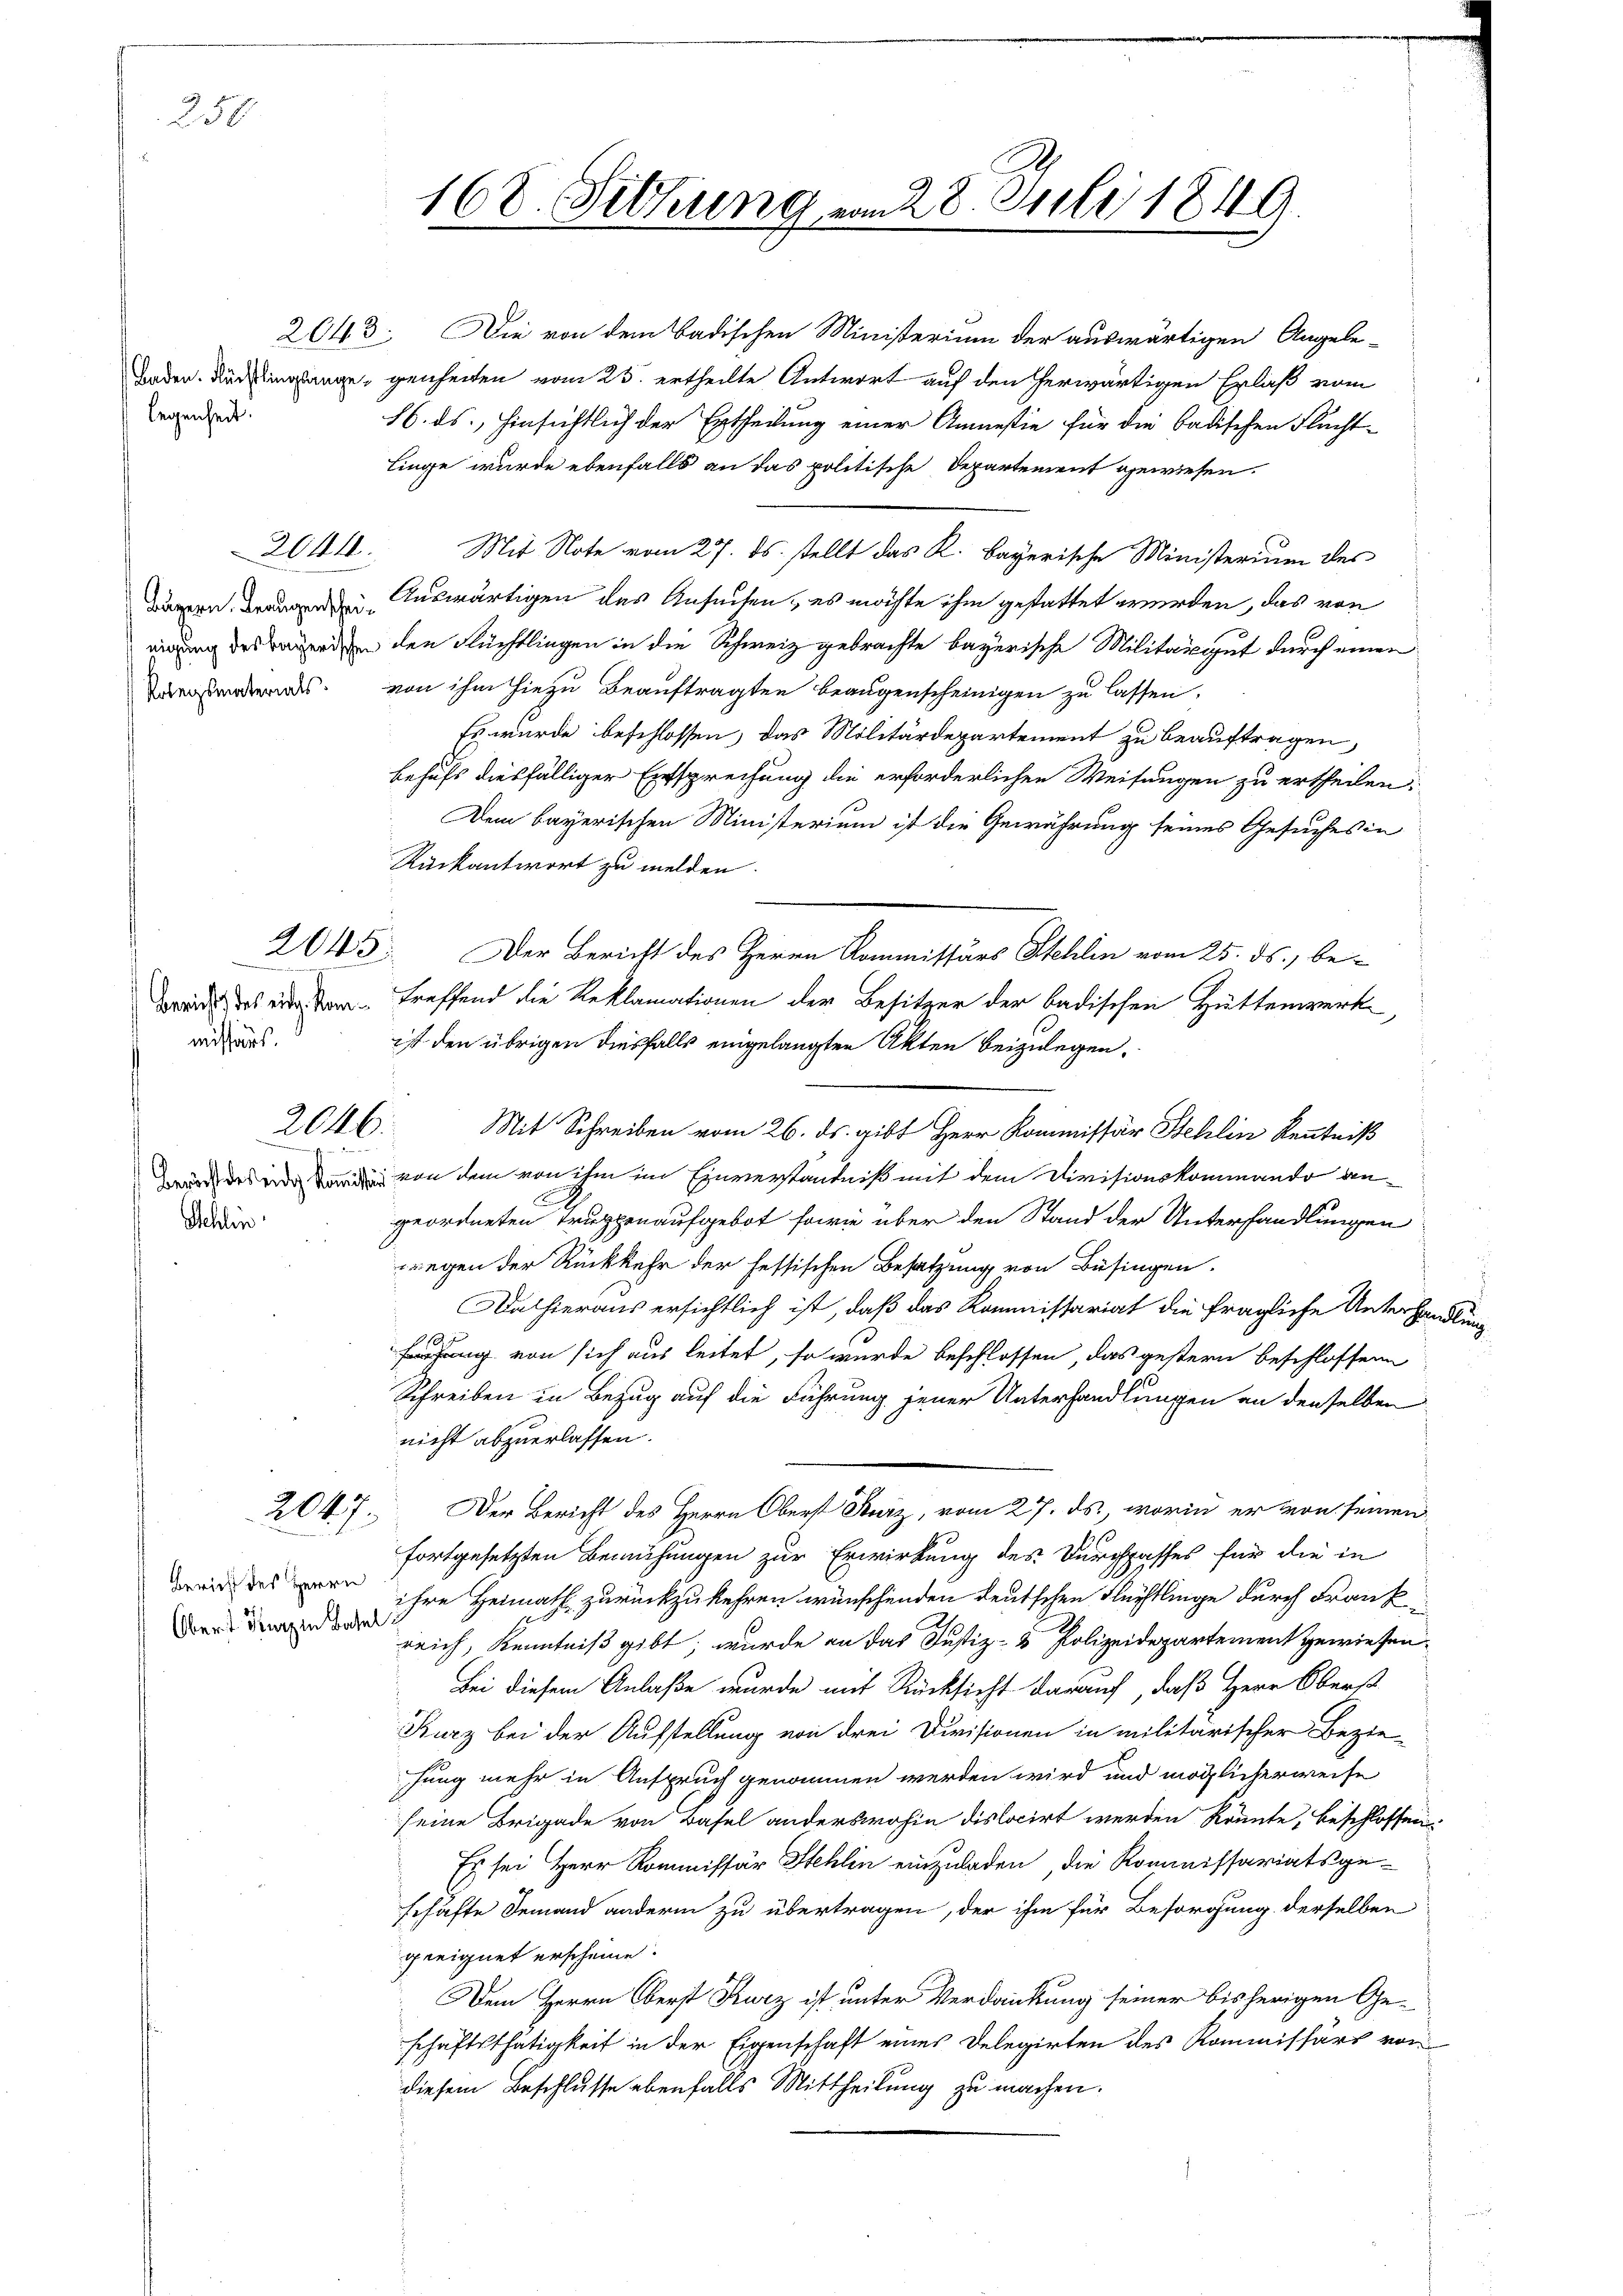
250

legenheit!

missärs.

Schlin

2644.

2045

2046.
e

2047.

Oberst Kurz in Basel

16. ds., hinsichtlich der Ertheilung einer Amnestie für die badischen Flucht-
Linge wurde ebenfalls an das politische Departement gewiesen.
Mit Note vom 27. ds. stellt das K. Bayerische Ministerium des
Bauern der Auswärtigen des Ansuchen, es möchte ihm gestattet werden, das von
eigung des Beerden den Flüchtlingen in die Schweiz gebrachte bayerische Militaireut durch einen
ords von ihm hiezu Beauftragten beaugenscheinigen zu lassen.
Es wurde beschlossen, das Militärdepartement zu beauftragen,
behufs diesfälliger Entsprechung die erforderlichen Weisungen zu ertheilen.
Dem bayerischen Ministerium ist die Gewährung seines Gesuches in
Rückantwort zu melden.
Der Bericht des Herrn Kommissärs Stehlen vom 25. ds., be-
wrede das einer den treffend die Reklamationen der Besitzer der badischen Hüttenwerk,
ist den übrigen diesfalls eingelangten Akten beizulegen.
Mit Schreiben vom 26. ds. gibt Herr Kommissär Stehlin Kenntniß
würdes in von dem von ihm im Einverstantniß mit dem Divisionskommando angeordneten Truppenaufgebot sowie über den Stand der Unterhandlungen
regen der Rückkehr der fessischen Besatzung von Büsingen.
Da hieraus ersichtlich ist, daß das Kommissariat die fragliche Unterhandlung
hung von sich aus leitet, so wurde beschlossen, das gestern beschlossene
Schreiben in Bezug auf die Führung jener Unterhandlungen an denselben
nicht abzuerlassen.
Der Bericht des Herrn Oberst Kurz, vom 27. ds., worin er von seinen
fortgesetzten Bemühungen zur Erwirkung des Durchpasses für die in
 des in ihre Heimath zurückzukehren wünschenden deutschen Flüchtlinge durch Frank
reich, Kenntniß gibt, wurde an das Justiz- & Polizeidepartement gewiesen.
Bei diesem Anlaße wurde mit Rücksicht darauf, daß Herr Oberst
Kurz bei der Aufstellung von drei Divisionen in militärischer Bezie-
hung mehr in Anspruch genommen werden wird und möglicherweise
seine Brigade von Basel anderswohin dislocirt werden könnte, beschlossen
Es sei Herr Kommissär Stehlin einzuladen, die Kommissariatsgeschäfte Jemand andern zu übertragen, der ihm für Besorgung derselben
geeignet erscheine.
Dem Herrn Oberst Kurz ist unter Verdankung seiner bisherigen Geschäftsthätigkeit in der Eigenschaft eines Delegirten des Kommissärs von
diesem Beschlusse ebenfalls Mittheilung zu machen.

168. Sitzung vom 28. Juli 1849.

2643. Die von dem Badischen Ministerium der auswärtigen Angele-
Inder. Düringungegenheiten vom 25. ertheilte Antwort auf den herwärtigen Erlaß vom